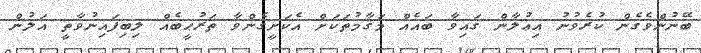
ބޭނުންވެގެން ކުރެވުނު އިޢުލާން ގައިވާ ބައެއް މަޤާމުތަކަށް އެކަށީގެންވާ ތަރުޙީބެއް ލިބިފައިނުވާތީ އަލުން